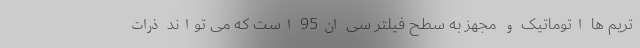
تریم ها اتوماتیک و مجهز به سطح فیلتر سی ان95 است که می تواند ذرات